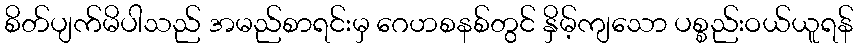
စိတ်ပျက်မိပါသည် အမည်စာရင်းမှ ဂေဟစနစ်တွင် နှိမ့်ကျသော ပစ္စည်းဝယ်ယူရန်